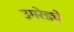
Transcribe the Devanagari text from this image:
उमरेडचे